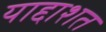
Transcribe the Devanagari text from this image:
याद्दाशत